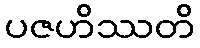
ပဇဟိဿတိ